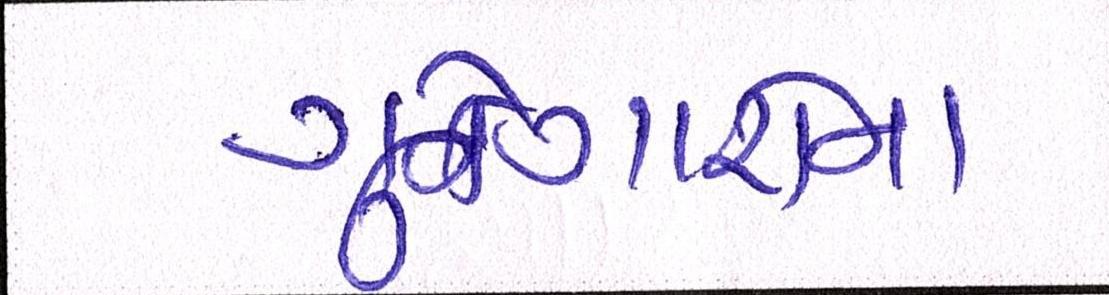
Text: ગુનેગારોના